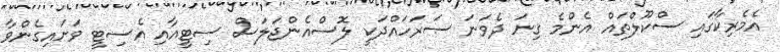
އެމެރިކާގައި ސްކޫލްތައް އެންމެ ގިނަ ދެވަނަ ސަރަހައްދަކީ ލޮސްއެންޖަލަސް ސިޓީއާއި އެސިޓީ ވަށައިގެންވާ